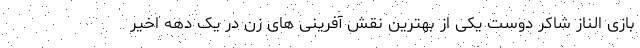
بازی الناز شاکر دوست یکی از بهترین نقش آفرینی های زن در یک دهه اخیر